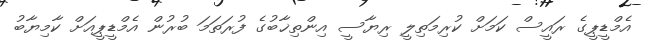
އެމްޑީޕީގެ ރައީސް ކަމަށް ކުރިމަތިލީ ރިޔާސީ އިންތިޚާބުގެ ފުރަތަމަ ބުރުން އެމްޑީޕީއަށް ކާމިޔާބު